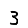
Digit: 3